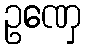
ဥဏှေ